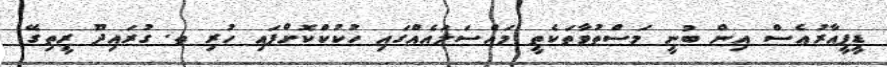
ޑީޕީއާރުއެސް އިން ބުނީ މަސްތުވާތަކެތީ މައްސަލައެއްގައި ހުކުކްކޮށްފައި ހުރި ތ. ގުރައިދޫ ރީތިގޭ